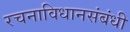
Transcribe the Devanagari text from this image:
रचनाविधानसंबंधी